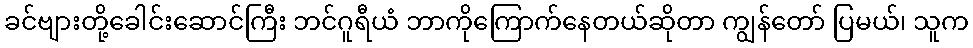
ခင်ဗျားတို့ခေါင်းဆောင်ကြီး ဘင်ဂူရီယံ ဘာကိုကြောက်နေတယ်ဆိုတာ ကျွန်တော် ပြမယ်၊ သူက